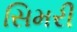
સિમરી